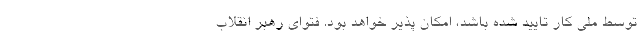
توسط ملی کار تایید شده باشد، امکان پذیر خواهد بود. فتوای رهبر انقلاب